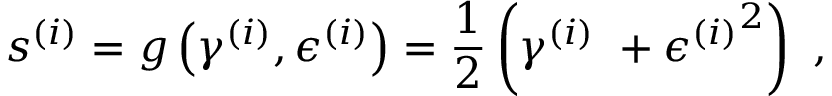
s ^ { ( i ) } = g \left( \gamma ^ { ( i ) } , \epsilon ^ { ( i ) } \right) = \frac 1 2 \left( \gamma ^ { ( i ) } \ + { \epsilon ^ { ( i ) } } ^ { 2 } \right) \mathrm { ~ , ~ }